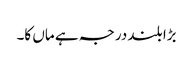
بڑا بلند درجہ ہے ماں کا۔